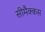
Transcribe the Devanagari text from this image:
सीमैक्कस